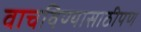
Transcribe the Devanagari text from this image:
वाचविण्यासाठीपण